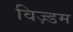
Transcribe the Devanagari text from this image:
विज़्डम